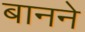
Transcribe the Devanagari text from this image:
बानने